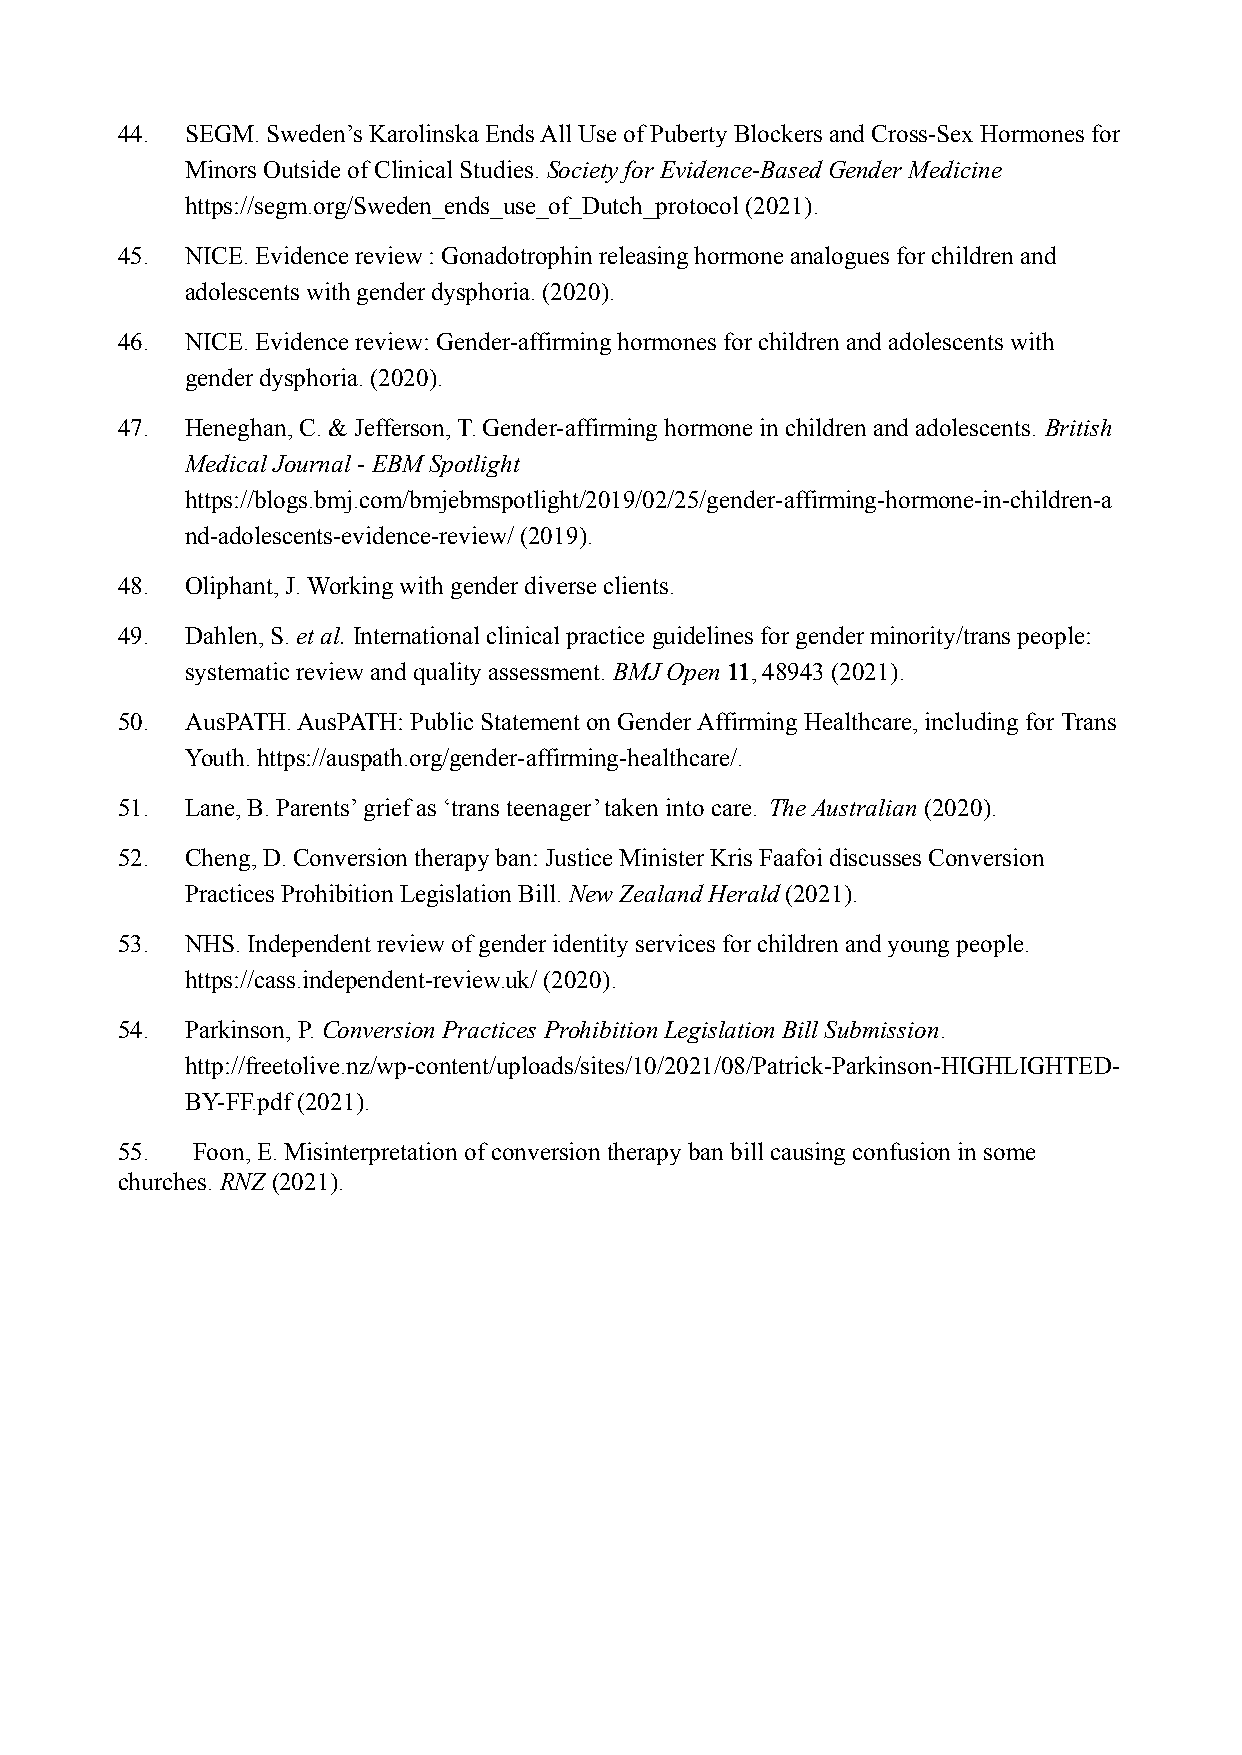
44. SEGM. Sweden’s Karolinska Ends All Use of Puberty Blockers and Cross-Sex Hormones for
 Minors Outside of Clinical Studies.Society for Evidence-Based Gender Medicine
 https://segm.org/Sweden_ends_use_of_Dutch_protocol (2021).
 45. NICE. Evidence review : Gonadotrophin releasing hormone analogues for children and
 adolescents with gender dysphoria. (2020).
 46. NICE. Evidence review: Gender-affirming hormones for children and adolescents with
 gender dysphoria. (2020).
 47. Heneghan, C. & Jefferson, T. Gender-affirming hormone in children and adolescents. British
 Medical Journal - EBM Spotlight
 https://blogs.bmj.com/bmjebmspotlight/2019/02/25/gender-affirming-hormone-in-children-a
 nd-adolescents-evidence-review/ (2019).
 48. Oliphant, J. Working with gender diverse clients.
 49. Dahlen, S. et al.International clinical practice guidelines for gender minority/trans people:
 systematic review and quality assessment. BMJ Open11, 48943 (2021).
 50. AusPATH. AusPATH: Public Statement on Gender Affirming Healthcare, including for Trans
 Youth. https://auspath.org/gender-affirming-healthcare/.
 51. Lane, B. Parents’ grief as ‘trans teenager’ taken into care. The Australian (2020).
 52. Cheng, D. Conversion therapy ban: Justice Minister Kris Faafoi discusses Conversion
 Practices Prohibition Legislation Bill.New Zealand Herald(2021).
 53. NHS. Independent review of gender identity services for children and young people.
 https://cass.independent-review.uk/ (2020).
 54. Parkinson, P.Conversion Practices ProhibitionLegislation Bill Submission.
 http://freetolive.nz/wp-content/uploads/sites/10/2021/08/Patrick-Parkinson-HIGHLIGHTED-
 BY-FF.pdf (2021).
 55.  Foon, E. Misinterpretation of conversion therapy ban bill causing confusion in some
 churches.RNZ (2021).